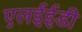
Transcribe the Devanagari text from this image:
एलईईडी